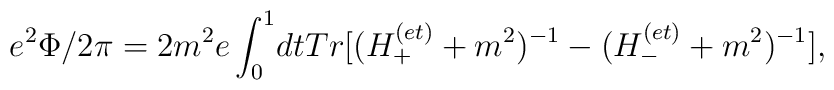
e^2\Phi/2\pi=2m^2e\int^{1}_{0}\!dt   Tr[(H_{+}^{(et)}+m^2)^{-1}-(H_{-}^{(et)}+m^2)^{-1}],